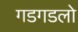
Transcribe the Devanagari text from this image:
गडगडलो